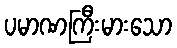
ပမာဏကြီးမားသော